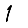
Digit: 1